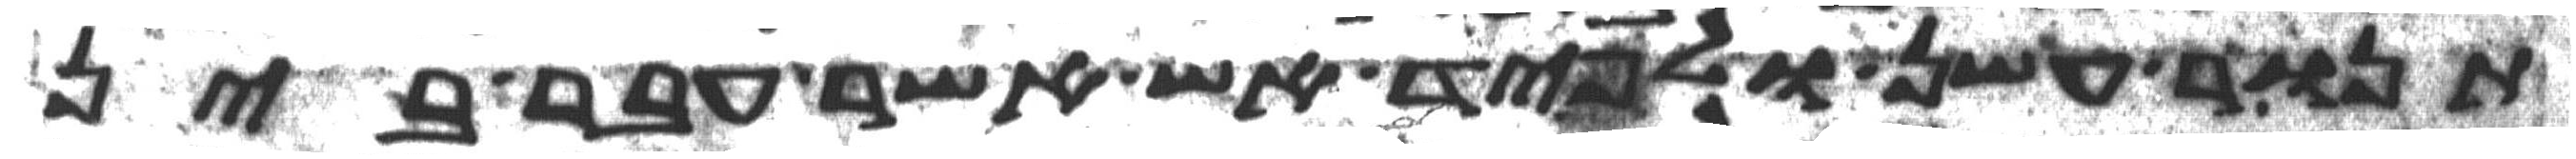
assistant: תנור עשן ולפיד אש אשר עבר בין